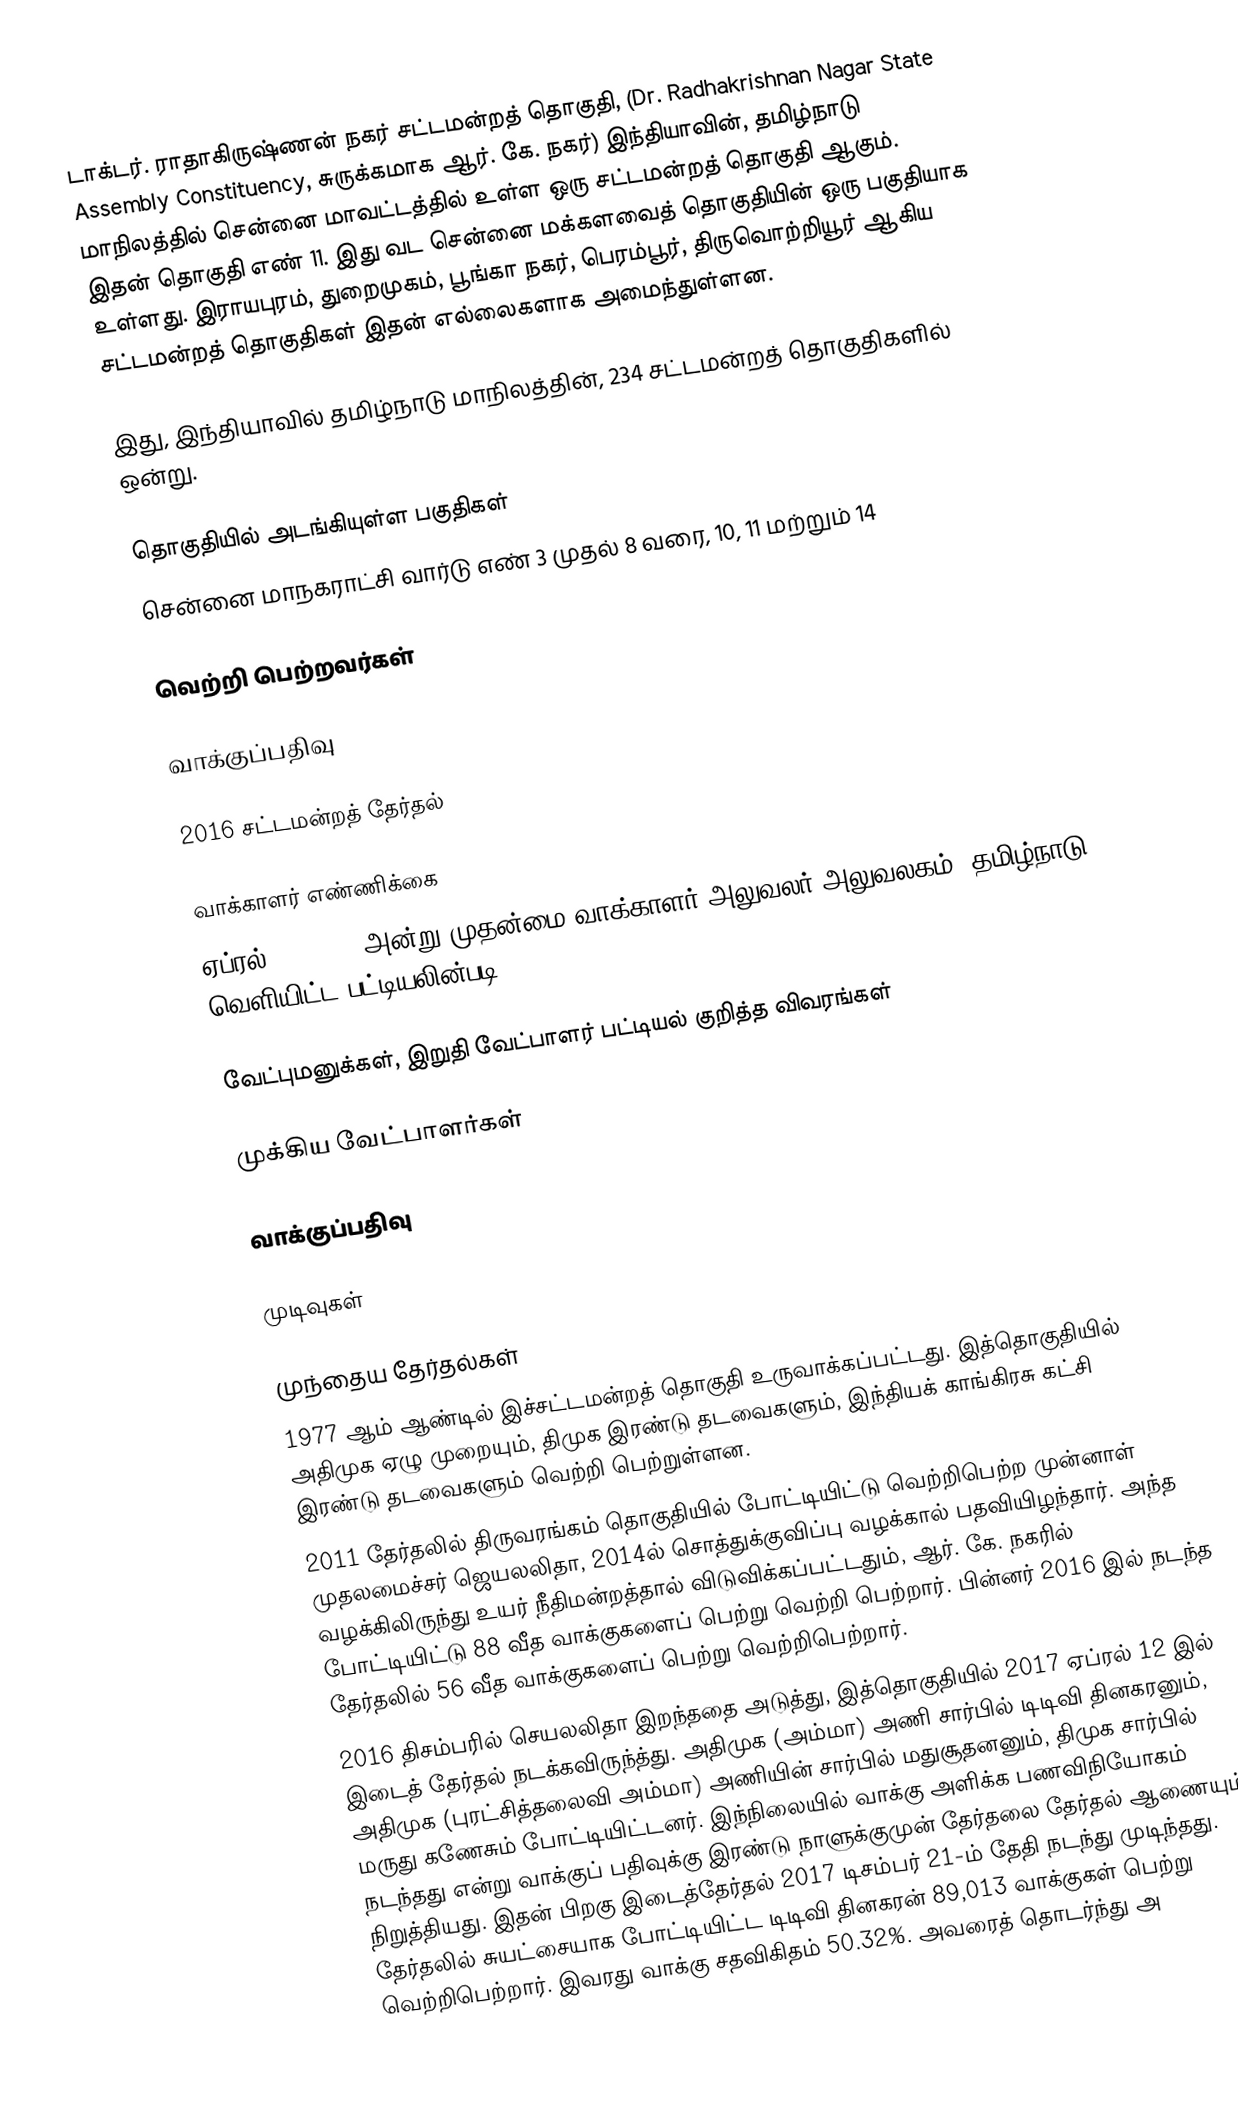
டாக்டர். ராதாகிருஷ்ணன் நகர் சட்டமன்றத் தொகுதி, (Dr. Radhakrishnan Nagar State Assembly Constituency, சுருக்கமாக ஆர். கே. நகர்) இந்தியாவின், தமிழ்நாடு மாநிலத்தில் சென்னை மாவட்டத்தில் உள்ள ஒரு சட்டமன்றத் தொகுதி ஆகும். இதன் தொகுதி எண் 11. இது வட சென்னை மக்களவைத் தொகுதியின் ஒரு பகுதியாக உள்ளது. இராயபுரம், துறைமுகம், பூங்கா நகர், பெரம்பூர், திருவொற்றியூர் ஆகிய சட்டமன்றத் தொகுதிகள் இதன் எல்லைகளாக அமைந்துள்ளன.

இது, இந்தியாவில் தமிழ்நாடு மாநிலத்தின், 234 சட்டமன்றத் தொகுதிகளில் ஒன்று.

தொகுதியில் அடங்கியுள்ள பகுதிகள்
சென்னை மாநகராட்சி வார்டு எண் 3 முதல் 8 வரை, 10, 11 மற்றும் 14

வெற்றி பெற்றவர்கள்

வாக்குப்பதிவு

2016 சட்டமன்றத் தேர்தல்

வாக்காளர் எண்ணிக்கை
ஏப்ரல் 29, 2016 அன்று முதன்மை வாக்காளர் அலுவலர் அலுவலகம், தமிழ்நாடு வெளியிட்ட பட்டியலின்படி,

வேட்புமனுக்கள், இறுதி வேட்பாளர் பட்டியல் குறித்த விவரங்கள்

முக்கிய வேட்பாளர்கள்

வாக்குப்பதிவு

முடிவுகள்

முந்தைய தேர்தல்கள்
 1977 ஆம் ஆண்டில் இச்சட்டமன்றத் தொகுதி உருவாக்கப்பட்டது. இத்தொகுதியில் அதிமுக ஏழு முறையும், திமுக இரண்டு தடவைகளும், இந்தியக் காங்கிரசு கட்சி இரண்டு தடவைகளும் வெற்றி பெற்றுள்ளன.
 2011 தேர்தலில் திருவரங்கம் தொகுதியில் போட்டியிட்டு வெற்றிபெற்ற முன்னாள் முதலமைச்சர் ஜெயலலிதா, 2014ல் சொத்துக்குவிப்பு வழக்கால் பதவியிழந்தார். அந்த வழக்கிலிருந்து உயர் நீதிமன்றத்தால் விடுவிக்கப்பட்டதும், ஆர். கே. நகரில் போட்டியிட்டு 88 வீத வாக்குகளைப் பெற்று வெற்றி பெற்றார். பின்னர் 2016 இல் நடந்த தேர்தலில் 56 வீத வாக்குகளைப் பெற்று வெற்றிபெற்றார்.
 2016 திசம்பரில் செயலலிதா இறந்ததை அடுத்து, இத்தொகுதியில் 2017 ஏப்ரல் 12 இல் இடைத் தேர்தல் நடக்கவிருந்த்து. அதிமுக (அம்மா) அணி சார்பில் டிடிவி தினகரனும், அதிமுக (புரட்சித்தலைவி அம்மா) அணியின் சார்பில் மதுசூதனனும், திமுக சார்பில் மருது கணேசும் போட்டியிட்டனர். இந்நிலையில் வாக்கு அளிக்க பணவிநியோகம் நடந்தது என்று வாக்குப் பதிவுக்கு இரண்டு நாளுக்குமுன் தேர்தலை தேர்தல் ஆணையும் நிறுத்தியது. இதன் பிறகு இடைத்தேர்தல் 2017 டிசம்பர் 21-ம் தேதி நடந்து முடிந்தது. தேர்தலில் சுயட்சையாக போட்டியிட்ட டிடிவி தினகரன் 89,013 வாக்குகள் பெற்று வெற்றிபெற்றார். இவரது வாக்கு சதவிகிதம் 50.32%. அவரைத் தொடர்ந்து அ